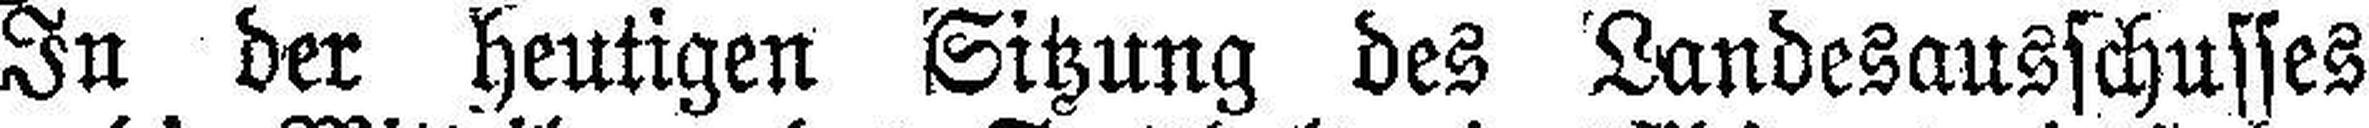
In der heutigen Sitzung des Landesausschusses